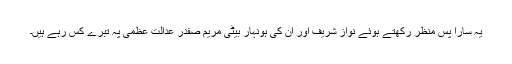
یہ سارا پسِ منظر رکھتے ہوئے نواز شریف اور ان کی ہونہار بیٹی مریم صفدر عدالت عظمیٰ پہ تبرے کَس رہے ہیں۔